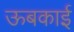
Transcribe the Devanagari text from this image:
ऊबकाई